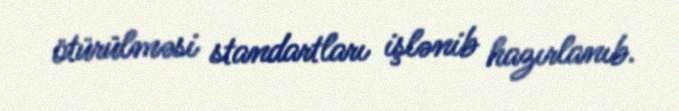
ötürülməsi standartları işlənib hazırlanıb.